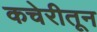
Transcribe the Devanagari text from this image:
कचेरीतून